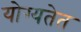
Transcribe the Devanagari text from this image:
योग्यतेत